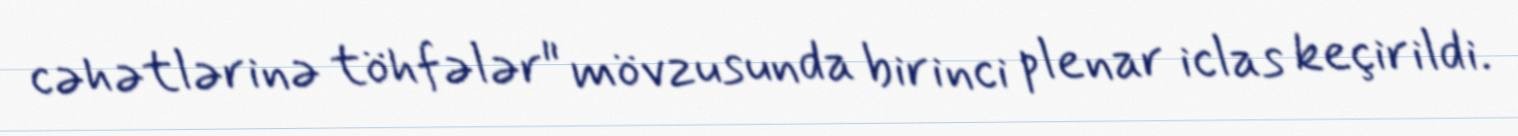
cəhətlərinə töhfələr" mövzusunda birinci plenar iclas keçirildi.